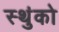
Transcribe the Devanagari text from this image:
स्थुंको